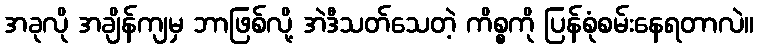
အခုလို အချိန်ကျမှ ဘာဖြစ်လို့ အဲဒီသတ်သေတဲ့ ကိစ္စကို ပြန်စုံစမ်းနေရတာလဲ။